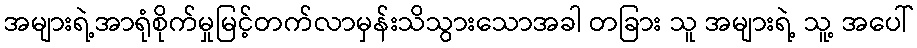
အများရဲ့အာရုံစိုက်မှုမြင့်တက်လာမှန်းသိသွားသောအခါ တခြား သူ အများရဲ့ သူ့ အပေါ်